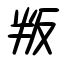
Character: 叛